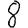
Digit: 8